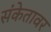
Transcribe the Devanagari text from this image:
संकेतावर